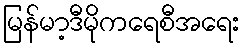
မြန်မာ့ဒီမိုကရေစီအရေး